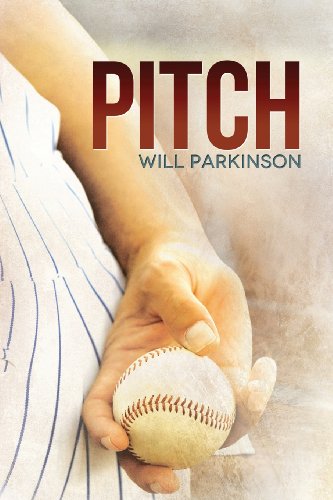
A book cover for Pitch; Will Parkinson; Teen & Young Adult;